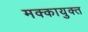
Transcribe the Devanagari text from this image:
मक्कायुक्त